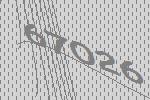
67026